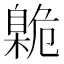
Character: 臲